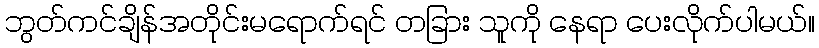
ဘွတ်ကင်ချိန်အတိုင်းမရောက်ရင် တခြား သူကို နေရာ ပေးလိုက်ပါမယ်။